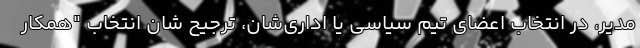
مدیر، در انتخاب اعضای تیم سیاسی یا اداری‌شان، ترجیح شان انتخاب "همکار